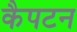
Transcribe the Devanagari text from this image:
कैपटन